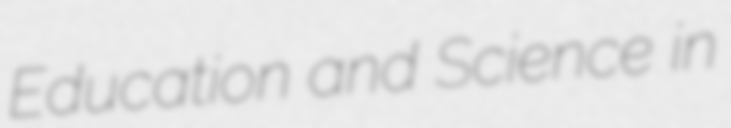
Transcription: Education and Science in